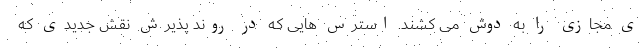
ی مجازی را به دوش می کشند. استرس هایی که در روند پذیرش نقش جدیدی که